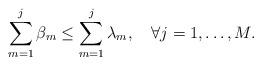
LaTeX: \begin{align*}\sum_{m=1}^{j}\beta_m\leq\sum_{m=1}^{j}\lambda_m,\quad\forall j=1,\dotsc,M.\end{align*}